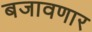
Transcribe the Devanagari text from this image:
बजावणार